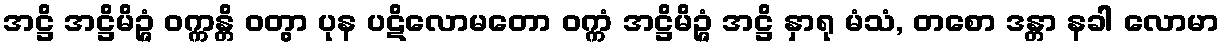
အဋ္ဌိ အဋ္ဌိမိဉ္ဇံ ဝက္ကန္တိ ဝတွာ ပုန ပဋိလောမတော ဝက္ကံ အဋ္ဌိမိဉ္ဇံ အဋ္ဌိ နှာရု မံသံ, တစော ဒန္တာ နခါ လောမာ